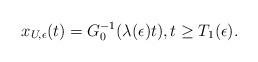
LaTeX: \begin{align*} x_{U,\epsilon}(t)=G_0^{-1}(\lambda(\epsilon)t),t\geq T_1(\epsilon).\end{align*}